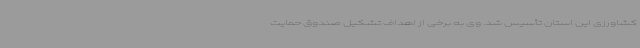
کشاورزی این استان تأسیس شد. وی به برخی از اهداف تشکیل صندوق حمایت